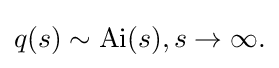
{\textstyle \displaystyle q(s)\sim {\textrm {Ai}}(s),s\to \infty .}